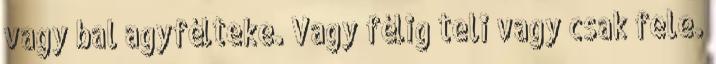
vagy bal agyfélteke. Vagy félig teli vagy csak fele.